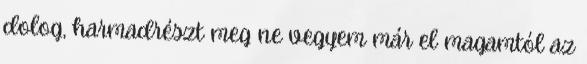
dolog, harmadrészt meg ne vegyem már el magamtól az